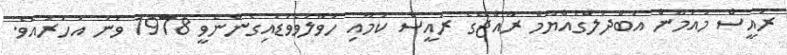
ރައީސް މައުމޫން އަބްދުލްގައްޔޫމް ރާއްޖޭގެ ރައީސް ކަމާއި ހަވާލުވެވަޑައިގެންނެވީ 1978 ވަނަ އަހަރުއެވެ.